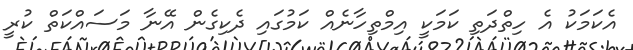
އެކަމަކު އެ ހިތްދަތި ކަމަކީ އިމްތިހާނެއް ކަމުގައި ދެކިގެން އޭނާ މަސައްކަތް ކުރީ